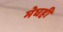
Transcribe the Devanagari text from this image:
मेघही